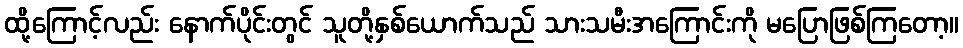
ထို့ကြောင့်လည်း နောက်ပိုင်းတွင် သူတို့နှစ်ယောက်သည် သားသမီးအကြောင်းကို မပြောဖြစ်ကြတော့။